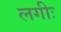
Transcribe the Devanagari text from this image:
लगीः